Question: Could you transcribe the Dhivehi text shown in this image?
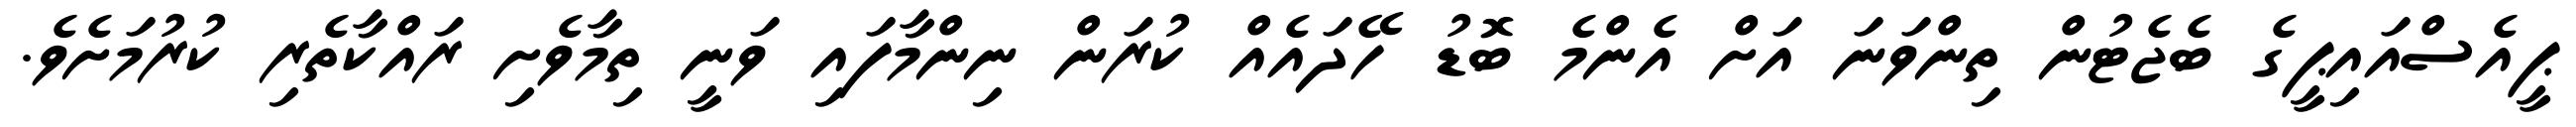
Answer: ޕީއެސްއައިޕީގެ ބެޖެޓުން ތިންވަނަ އަށް އެންމެ ބޮޑު ހޭދައެއް ކުރަން ނިންމާފައި ވަނީ ތިމާވެށި ރައްކާތެރި ކުރުމަށެވެ.